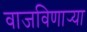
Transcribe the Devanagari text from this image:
वाजविणार्‍या